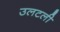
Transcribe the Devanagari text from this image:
उलटली